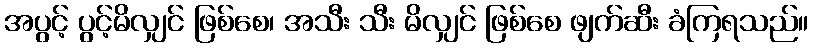
အပွင့် ပွင့်မိလျှင် ဖြစ်စေ၊ အသီး သီး မိလျှင် ဖြစ်စေ ဖျက်ဆီး ခံကြရသည်။